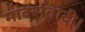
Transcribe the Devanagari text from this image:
मार्क्सवादी।